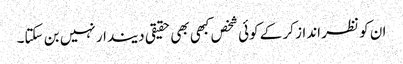
ان کو نظر انداز کر کے کوئی شخص کبھی بھی حقیقی دیندار نہیں بن سکتا۔